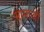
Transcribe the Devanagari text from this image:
सामाजों